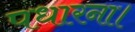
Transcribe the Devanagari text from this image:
पधारना।